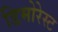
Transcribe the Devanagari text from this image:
डिमोरेस्ट